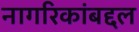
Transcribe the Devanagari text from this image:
नागरिकांबद्दल